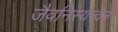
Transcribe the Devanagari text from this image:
जैवनिस्यन्दन